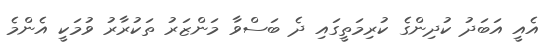
އެއީ އަބަދު ކުދިންގެ ކުރިމަތީގައި ދެ ބަސްވާ މަންޒަރު ތަކުރާރު ވުމަކީ އެންމެ